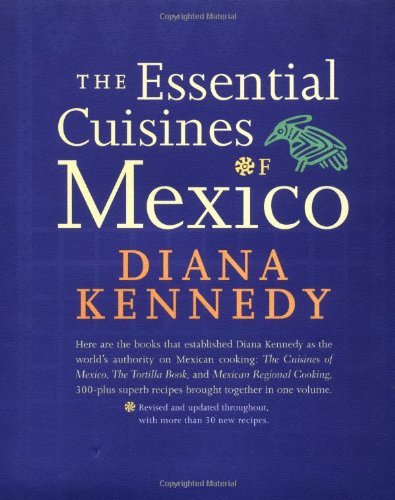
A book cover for The Essential Cuisines of Mexico: Revised and updated throughout, with more than 30 new recipes.; Diana Kennedy; Cookbooks, Food & Wine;